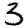
Digit: 3